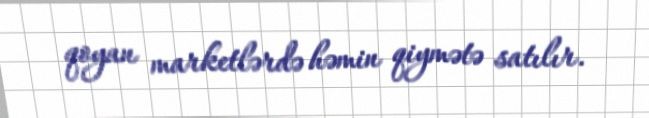
qoyan marketlərdə həmin qiymətə satılır.